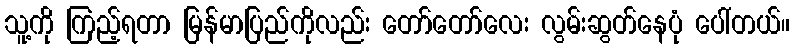
သူ့ကို ကြည့်ရတာ မြန်မာပြည်ကိုလည်း တော်တော်လေး လွမ်းဆွတ်နေပုံ ပေါ်တယ်။